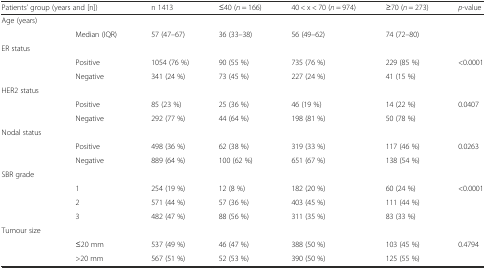
<table><thead><tr><td colspan="2"><b>Patients’ group (years and [n])</b></td><td><b>n 1413</b></td><td><b>≤40 (<i>n</i> = 166)</b></td><td><b>40 &lt; x &lt; 70 (<i>n</i> = 974)</b></td><td><b>≥70 (<i>n</i> = 273)</b></td><td><b><i>p</i>-value</b></td></tr></thead><tbody><tr><td>Age (years)</td><td>[EMPTY_CELL]</td><td>[EMPTY_CELL]</td><td>[EMPTY_CELL]</td><td>[EMPTY_CELL]</td><td>[EMPTY_CELL]</td><td>[EMPTY_CELL]</td></tr><tr><td>[EMPTY_CELL]</td><td>Median (IQR)</td><td>57 (47–67)</td><td>36 (33–38)</td><td>56 (49–62)</td><td>74 (72–80)</td><td>[EMPTY_CELL]</td></tr><tr><td>ER status</td><td>[EMPTY_CELL]</td><td>[EMPTY_CELL]</td><td>[EMPTY_CELL]</td><td>[EMPTY_CELL]</td><td>[EMPTY_CELL]</td><td>[EMPTY_CELL]</td></tr><tr><td>[EMPTY_CELL]</td><td>Positive</td><td>1054 (76 %)</td><td>90 (55 %)</td><td>735 (76 %)</td><td>229 (85 %)</td><td>&lt;0.0001</td></tr><tr><td>[EMPTY_CELL]</td><td>Negative</td><td>341 (24 %)</td><td>73 (45 %)</td><td>227 (24 %)</td><td>41 (15 %)</td><td>[EMPTY_CELL]</td></tr><tr><td>HER2 status</td><td>[EMPTY_CELL]</td><td>[EMPTY_CELL]</td><td>[EMPTY_CELL]</td><td>[EMPTY_CELL]</td><td>[EMPTY_CELL]</td><td>[EMPTY_CELL]</td></tr><tr><td>[EMPTY_CELL]</td><td>Positive</td><td>85 (23 %)</td><td>25 (36 %)</td><td>46 (19 %)</td><td>14 (22 %)</td><td>0.0407</td></tr><tr><td>[EMPTY_CELL]</td><td>Negative</td><td>292 (77 %)</td><td>44 (64 %)</td><td>198 (81 %)</td><td>50 (78 %)</td><td>[EMPTY_CELL]</td></tr><tr><td>Nodal status</td><td>[EMPTY_CELL]</td><td>[EMPTY_CELL]</td><td>[EMPTY_CELL]</td><td>[EMPTY_CELL]</td><td>[EMPTY_CELL]</td><td>[EMPTY_CELL]</td></tr><tr><td>[EMPTY_CELL]</td><td>Positive</td><td>498 (36 %)</td><td>62 (38 %)</td><td>319 (33 %)</td><td>117 (46 %)</td><td>0.0263</td></tr><tr><td>[EMPTY_CELL]</td><td>Negative</td><td>889 (64 %)</td><td>100 (62 %)</td><td>651 (67 %)</td><td>138 (54 %)</td><td>[EMPTY_CELL]</td></tr><tr><td>SBR grade</td><td>[EMPTY_CELL]</td><td>[EMPTY_CELL]</td><td>[EMPTY_CELL]</td><td>[EMPTY_CELL]</td><td>[EMPTY_CELL]</td><td>[EMPTY_CELL]</td></tr><tr><td>[EMPTY_CELL]</td><td>1</td><td>254 (19 %)</td><td>12 (8 %)</td><td>182 (20 %)</td><td>60 (24 %)</td><td>&lt;0.0001</td></tr><tr><td>[EMPTY_CELL]</td><td>2</td><td>571 (44 %)</td><td>57 (36 %)</td><td>403 (45 %)</td><td>111 (44 %)</td><td>[EMPTY_CELL]</td></tr><tr><td>[EMPTY_CELL]</td><td>3</td><td>482 (47 %)</td><td>88 (56 %)</td><td>311 (35 %)</td><td>83 (33 %)</td><td>[EMPTY_CELL]</td></tr><tr><td colspan="2">Tumour size</td><td>[EMPTY_CELL]</td><td>[EMPTY_CELL]</td><td>[EMPTY_CELL]</td><td>[EMPTY_CELL]</td><td>[EMPTY_CELL]</td></tr><tr><td>[EMPTY_CELL]</td><td>≤20 mm</td><td>537 (49 %)</td><td>46 (47 %)</td><td>388 (50 %)</td><td>103 (45 %)</td><td>0.4794</td></tr><tr><td>[EMPTY_CELL]</td><td>&gt;20 mm</td><td>567 (51 %)</td><td>52 (53 %)</td><td>390 (50 %)</td><td>125 (55 %)</td><td>[EMPTY_CELL]</td></tr></tbody></table>